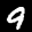
Label: 9